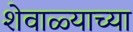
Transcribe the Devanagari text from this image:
शेवाळ्याच्या